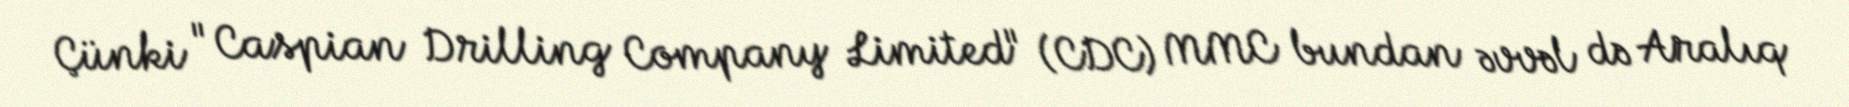
Çünki "Caspian Drilling Company Limited" (CDC) MMC bundan əvvəl də Aralıq